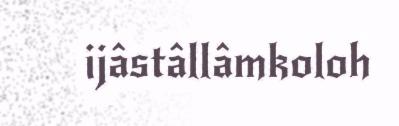
ijâstâllâmkoloh